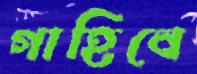
গাহিবে